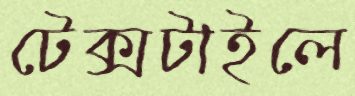
টেক্সটাইলে